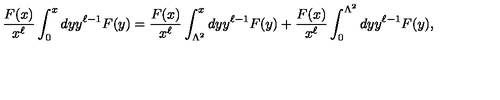
{ \frac { F ( x ) } { x ^ { \ell } } } \int _ { 0 } ^ { x } d y y ^ { \ell - 1 } F ( y ) = { \frac { F ( x ) } { x ^ { \ell } } } \int _ { \Lambda ^ { 2 } } ^ { x } d y y ^ { \ell - 1 } F ( y ) + { \frac { F ( x ) } { x ^ { \ell } } } \int _ { 0 } ^ { \Lambda ^ { 2 } } d y y ^ { \ell - 1 } F ( y ) ,